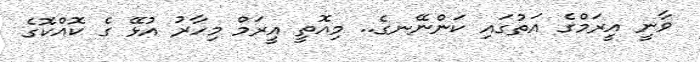
ވާނީ އީރަމްގެ އަތުގައި ކަންނޭނގެ.. މިއޮތީ އީރަމް މިހާރު އުޅޭ ގެ ކޮއްކޮގެ